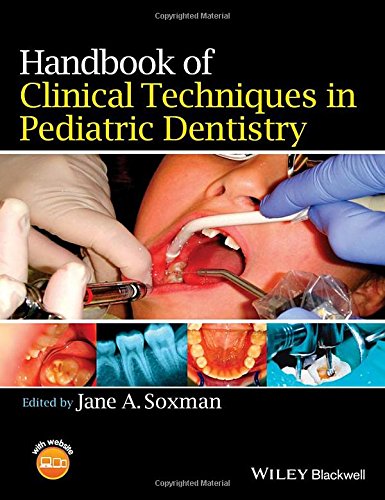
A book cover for Handbook of Clinical Techniques in Pediatric Dentistry; Medical Books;